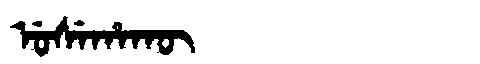
Manchu: ᡠᠰᡝᡥᠠᡴᡡ
Romanization: USEHAKŪ